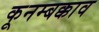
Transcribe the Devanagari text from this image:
कूनम्बक्काव